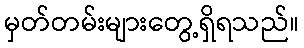
မှတ်တမ်းများတွေ့ရှိရသည်။